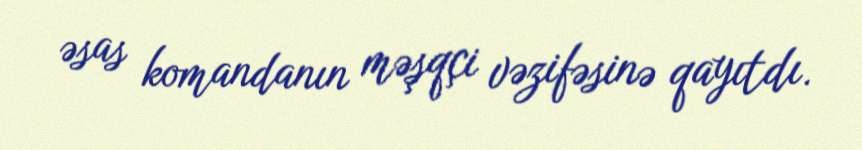
əsas komandanın məşqçi vəzifəsinə qayıtdı.